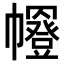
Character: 𭘼